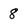
Character: 8